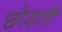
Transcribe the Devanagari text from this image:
छोड़तीं